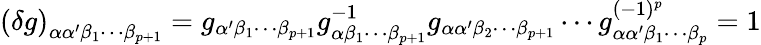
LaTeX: \left(\delta g\right)_{\alpha\alpha^{\prime}\beta_{1}\cdots\beta_{p+1}}=g_{\alpha^{\prime}\beta_{1}\cdots\beta_{p+1}}g_{\alpha\beta_{1}\cdots\beta_{p+1}}^{-1}g_{\alpha\alpha^{\prime}\beta_{2}\cdots\beta_{p+1}}\cdots g_{\alpha\alpha^{\prime}\beta_{1}\cdots\beta_{p}}^{(-1)^{p}}=1